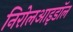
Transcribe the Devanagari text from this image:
निरोलआइडॉल